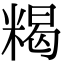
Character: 𥻉